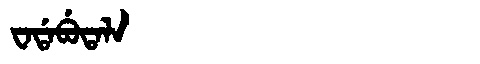
Manchu: ᠸᠠᡩᠠᠪᡠᡨᠠᠯᠠ
Romanization: WADABUTALA